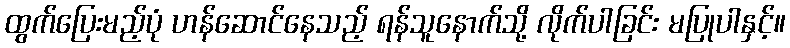
ထွက်ပြေးမည့်ပုံ ဟန်ဆောင်နေသည့် ရန်သူနောက်သို့ လိုက်ပါခြင်း မပြုပါနှင့်။